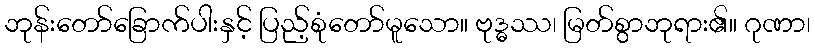
ဘုန်းတော်ခြောက်ပါးနှင့် ပြည့်စုံတော်မူသော။ ဗုဒ္ဓဿ၊ မြတ်စွာဘုရား၏။ ဂုဏာ၊